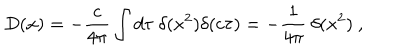
LaTeX: D ( x ) = - { \frac { c } { 4 \pi } } \int d \tau \ \delta ( x ^ { 2 } ) \delta ( c \tau ) = - { \frac { 1 } { 4 \pi } } \ \delta ( x ^ { 2 } ) \ ,